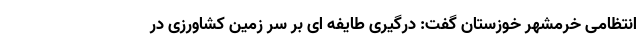
انتظامی خرمشهر خوزستان گفت: درگیری طایفه ای بر سر زمین کشاورزی در